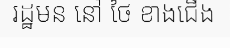
រដ្ឋមន នៅ ថៃ ខាងជើង